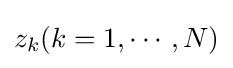
z_{k}(k=1,\cdots ,N)